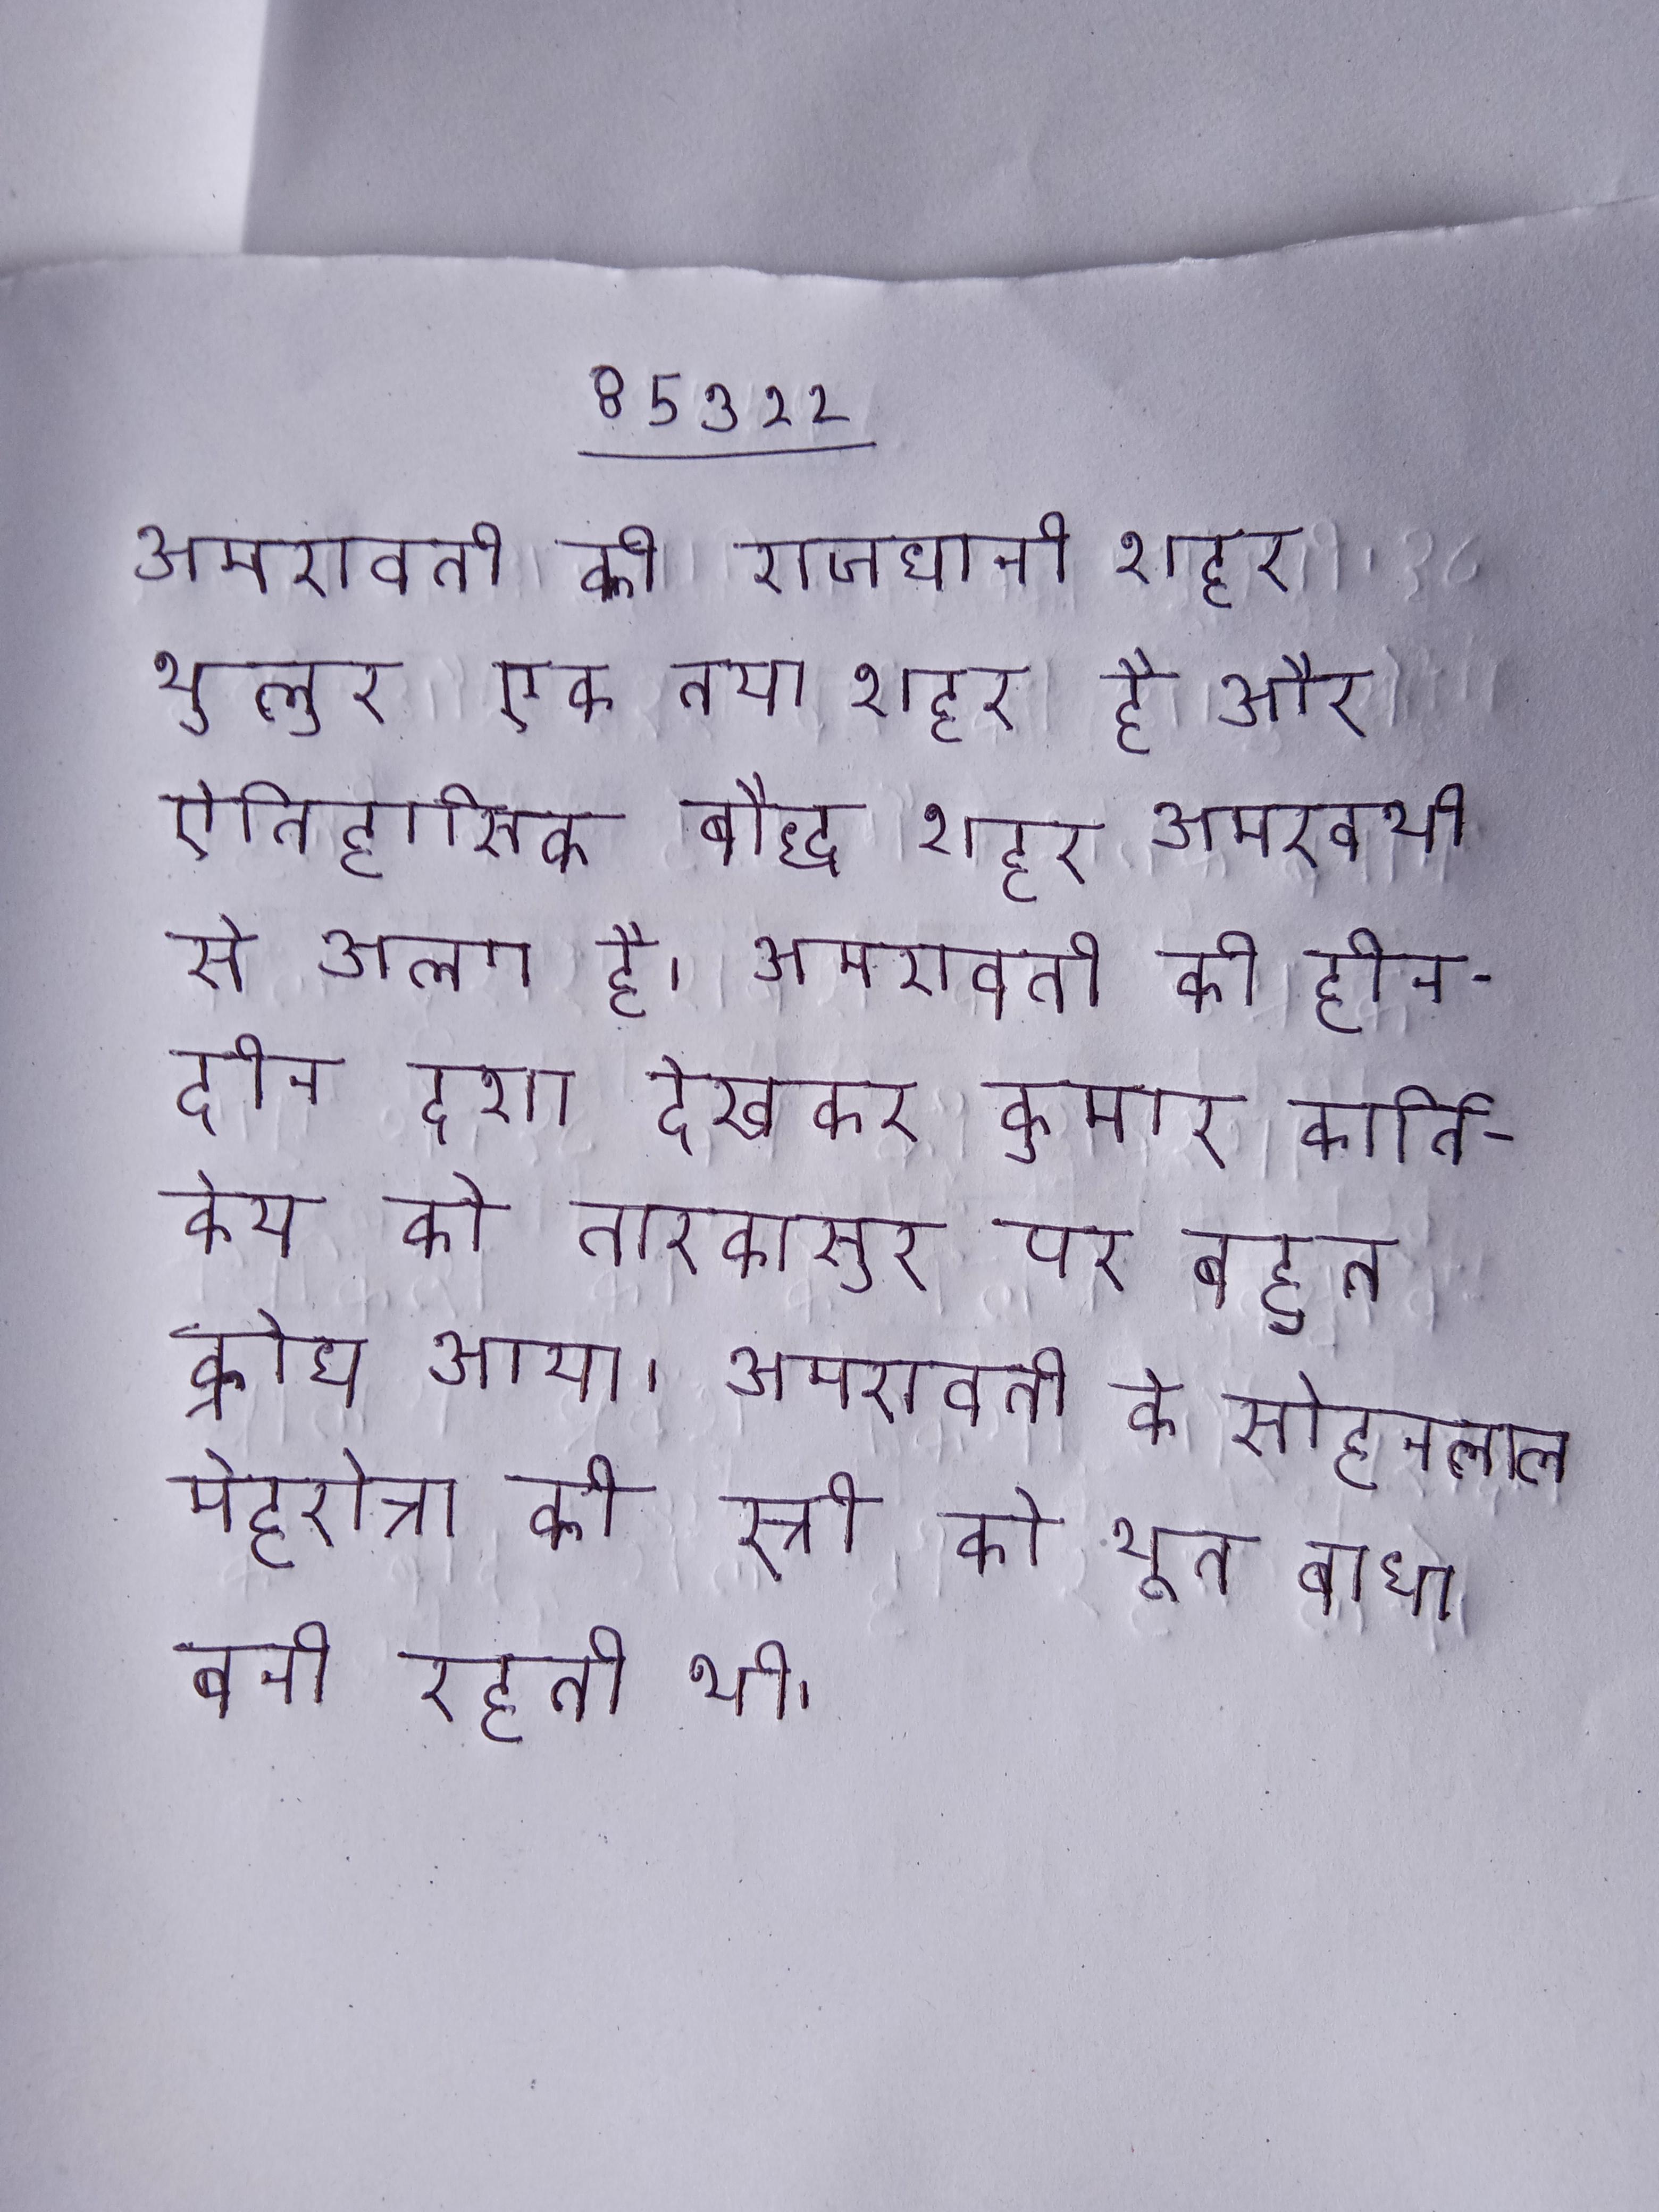
अमरावती की राजधानी शहर थुलुर एक नया शहर है और ऐतिहासिक बौद्ध शहर अमरवथी से अलग है । अमरावती की हीन- दीन दशा देखकर कुमार कार्तिकेय को तारकासुर पर बहुत क्रोध आया । अमरावती के सोहनलाल मेहरोत्रा की स्त्री को भूत बाधा बनी रहती थी ।